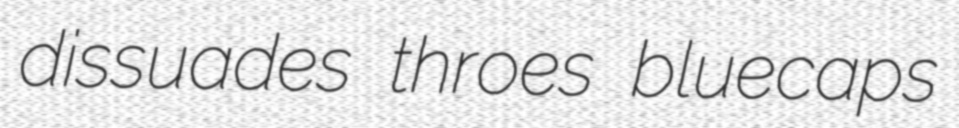
dissuades throes bluecaps